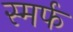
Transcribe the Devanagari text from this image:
स्मर्फ